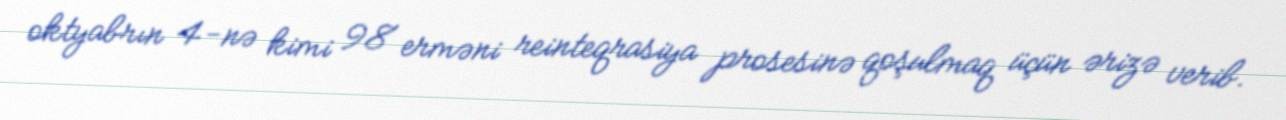
oktyabrın 4-nə kimi 98 erməni reinteqrasiya prosesinə qoşulmaq üçün ərizə verib.